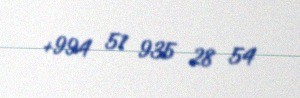
+994 51 935 28 54